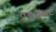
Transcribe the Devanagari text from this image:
११०७८